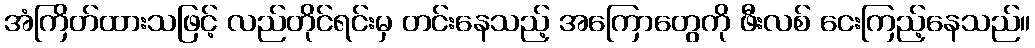
အံကြိတ်ထားသဖြင့် လည်တိုင်ရင်းမှ တင်းနေသည့် အကြောတွေကို ဖီးလစ် ငေးကြည့်နေသည်။